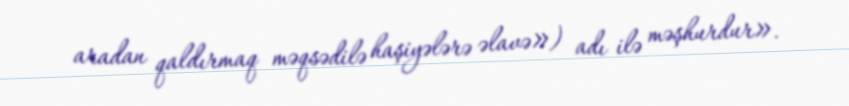
aradan qaldırmaq məqsədilə haşiyələrə əlavə») adı ilə məşhurdur».